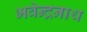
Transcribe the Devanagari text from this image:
भवेन्द्रनाथ